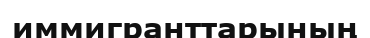
иммигранттарының